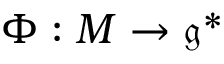
\Phi : M \to { \mathfrak { g } } ^ { * }